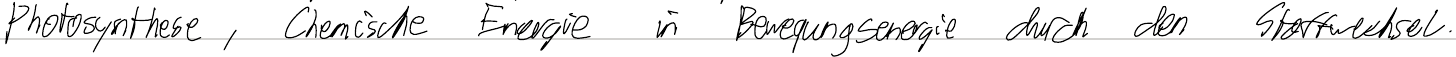
Photosynthese, Chemische Energie in Bewegungsenergie durch den Stoffwechsel.